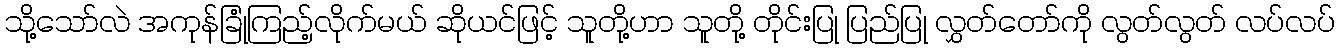
သို့သော်လဲ အကုန်ခြုံကြည့်လိုက်မယ် ဆိုယင်ဖြင့် သူတို့ဟာ သူတို့ တိုင်းပြု ပြည်ပြု လွှတ်တော်ကို လွတ်လွတ် လပ်လပ်